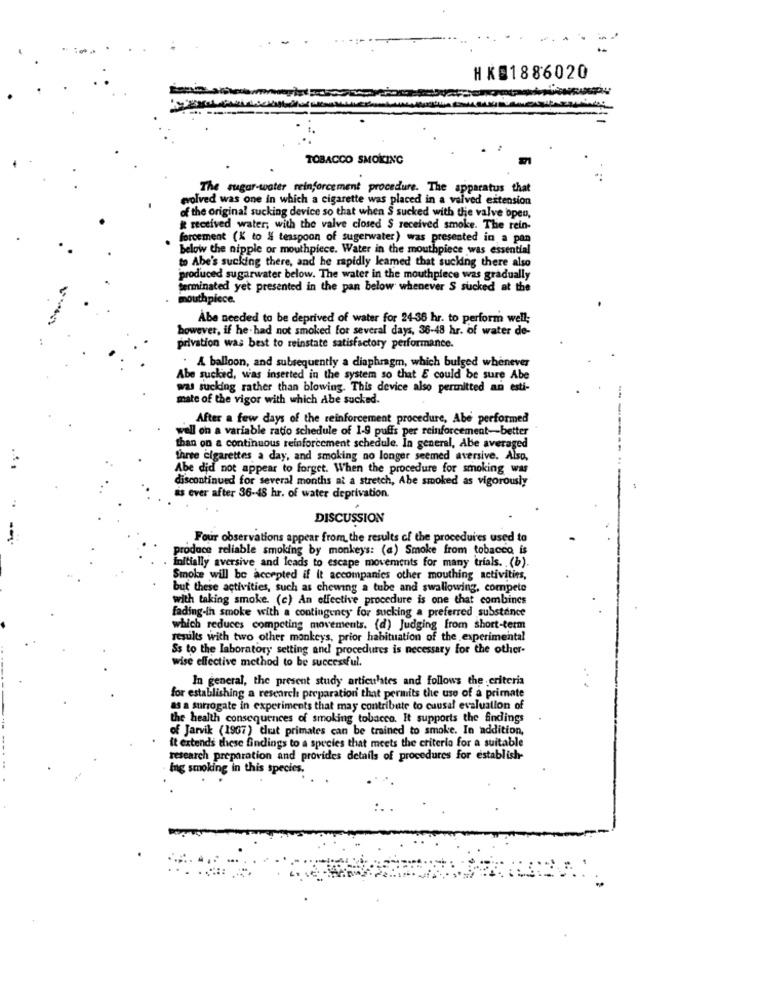
HK91886020
TOBACCO SMOKING
The sugar-water reinforcement procedure. The apparatus that
evolved was one in which a cigarette was placed in a valved extension
of the original sucking device so that when S sucked with the valve open,
& received water, with the valve closed $ received smoke. The rein-
forcement (K to & teaspoon of sugerwater) was presented in a pan
below the nipple or mouthpiece. Water in the mouthpiece was essential
to Abe's sucking there, and he rapidly leamed that sucking there also
produced sugarwater below. The water in the mouthpiece was gradually
terminated yet presented in the pan below whenever S sucked at the
mouthpiece.
Abe needed to be deprived of water for 24-36 hr. to perform well;
however, if he had not smoked for several days, 36-48 hr. of water de-
privation was best to reinstate satisfactory performance.
: A balloon, and subsequently a diaphragm, which bulged whenever
Abe sucked, was inserted in the system so that E could be sure Abe
was sucking rather than blowing. This device also permitted an esti-
mate of the vigor with which Abe sucked.
After a few days of the reinforcement procedure, Abe performed
well on a variable ratio schedule of 1-9 puffs per reinforcement-better
than on a continuous reinforcement schedule. In general, Abe averaged
three cigarettes a day, and smoking no longer seemed aversive. Also,
Abe did not appear to forget. When the procedure for smoking was
discontinued for several months at a stretch, Abe smoked as vigorously
is ever after 36-48 hr. of water deprivation.
DISCUSSION
Four observations appear from the results of the procedures used to
produce reliable smoking by monkeys: (a) Smoke from tobacco is
initially aversive and leads to escape movements for many trials. (b).
Smoke will be accepted if it accompanies other mouthing activities,
but these activities, such as chewing a tube and swallowing, compete
with taking smoke. (c) An effective procedure is one that combines
fading-in smoke with a contingency for sucking a preferred substance
which reduces competing movements. (d) Judging from short-term
results with two other monkeys, prior habituation of the experimental
Ss to the laboratory setting and procedures is necessary for the other-
wise effective method to be successful.
In general, the present study articulates and follows the criteria
for establishing a research preparation that permits the use of a primate
as a surrogate in experiments that may contribute to cuusal evaluation of
the health consequences of smoking tobacco. It supports the findings
of Jarvik (1967) Clrat primates can be trained to smoke. In addition,
it extends these findings to a species that meets the criteria for a suitable
research preparation and provides details of procedures for establish-
Ing smoking in this species.